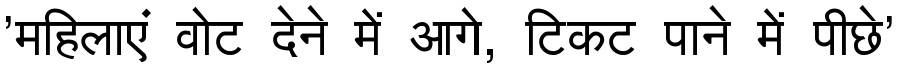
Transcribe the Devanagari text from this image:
'महिलाएं वोट देने में आगे, टिकट पाने में पीछे'